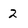
Character: 2